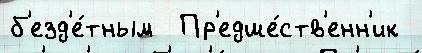
б'езд'е́тным  Пр'едше́ств'енн'ик